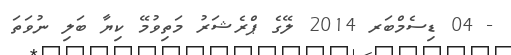
- 04 ޑިސެމްބަރ 2014 ލޭގެ ޕްރެޝަރު މަތިވުމޭ ކިޔާ ބަލި ނުވަތަ